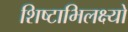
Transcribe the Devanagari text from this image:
शिष्टाभिलक्ष्यो